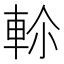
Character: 𨋏